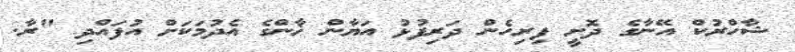
ޝާހްރުކް އޭނާގެ ދޮށީ ފިރިހެން ދަރިފުޅު އަޔާން ޚާންގެ އެދުމަކަށް އުފައްދި "ރާ.